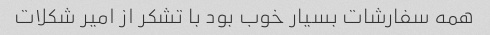
همه سفارشات بسیار خوب بود با تشکر از امیر شکلات